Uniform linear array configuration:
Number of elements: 4
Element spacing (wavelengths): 1
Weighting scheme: hamming
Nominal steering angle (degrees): -60
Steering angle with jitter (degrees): -59.81
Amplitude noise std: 0.05
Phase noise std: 0.05

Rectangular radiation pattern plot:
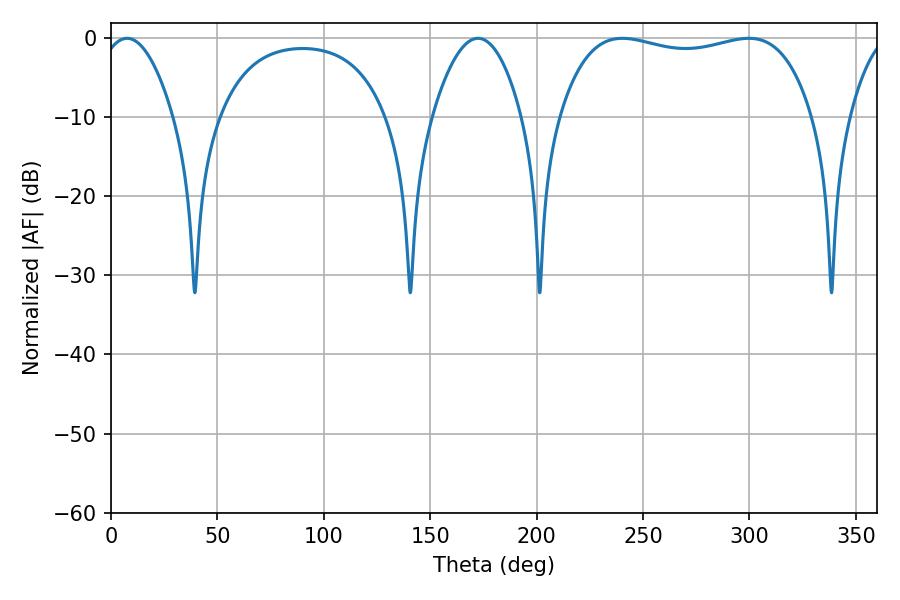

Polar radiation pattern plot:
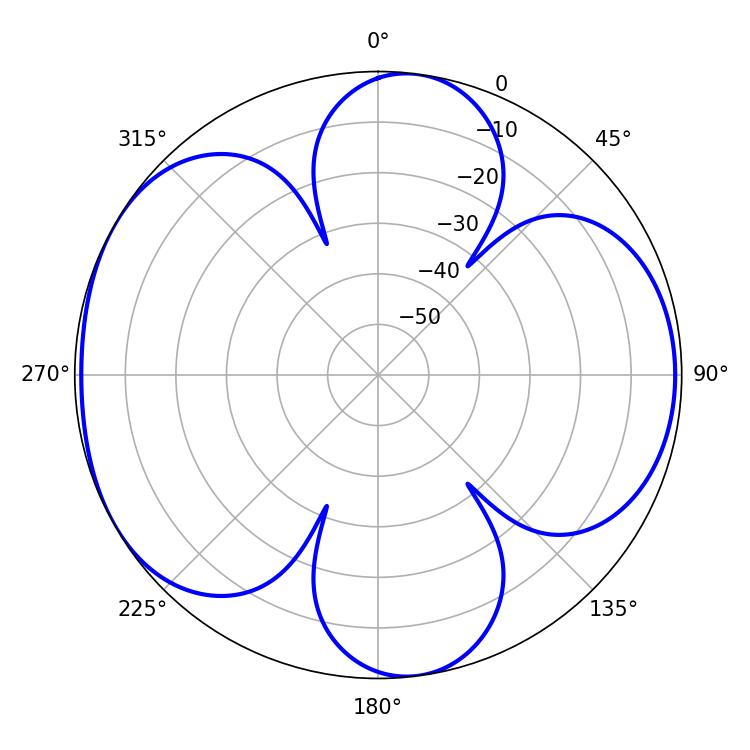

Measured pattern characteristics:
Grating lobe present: TRUE
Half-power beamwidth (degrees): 96.12
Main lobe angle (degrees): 240.3